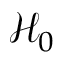
\mathcal { H } _ { 0 }